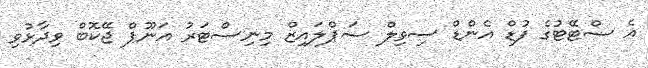
އެ ސްޓޭޓުގެ ފުޑް އެންޑް ސިވިލް ސަޕްލައިޒް މިނިސްޓަރު އަނޫޕް ޖޭކޮބް ވިދާޅުވި